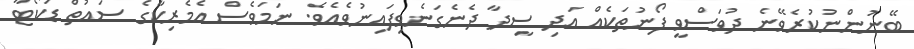
ބޭނުންނުކުރެވޭނެ ދުވަސްވީ ފޯނުތަކެއް އަދި ސީދާ ދެނެގަނެވިފައިނުވެއެވެ. ނަމަވެސް އެމެރިކާގެ ސައުތް ޑަކޯޓާ